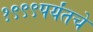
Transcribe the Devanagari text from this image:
१९९९पर्यंतचे